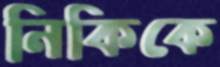
নিকিকে